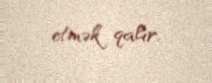
etmək qalır.